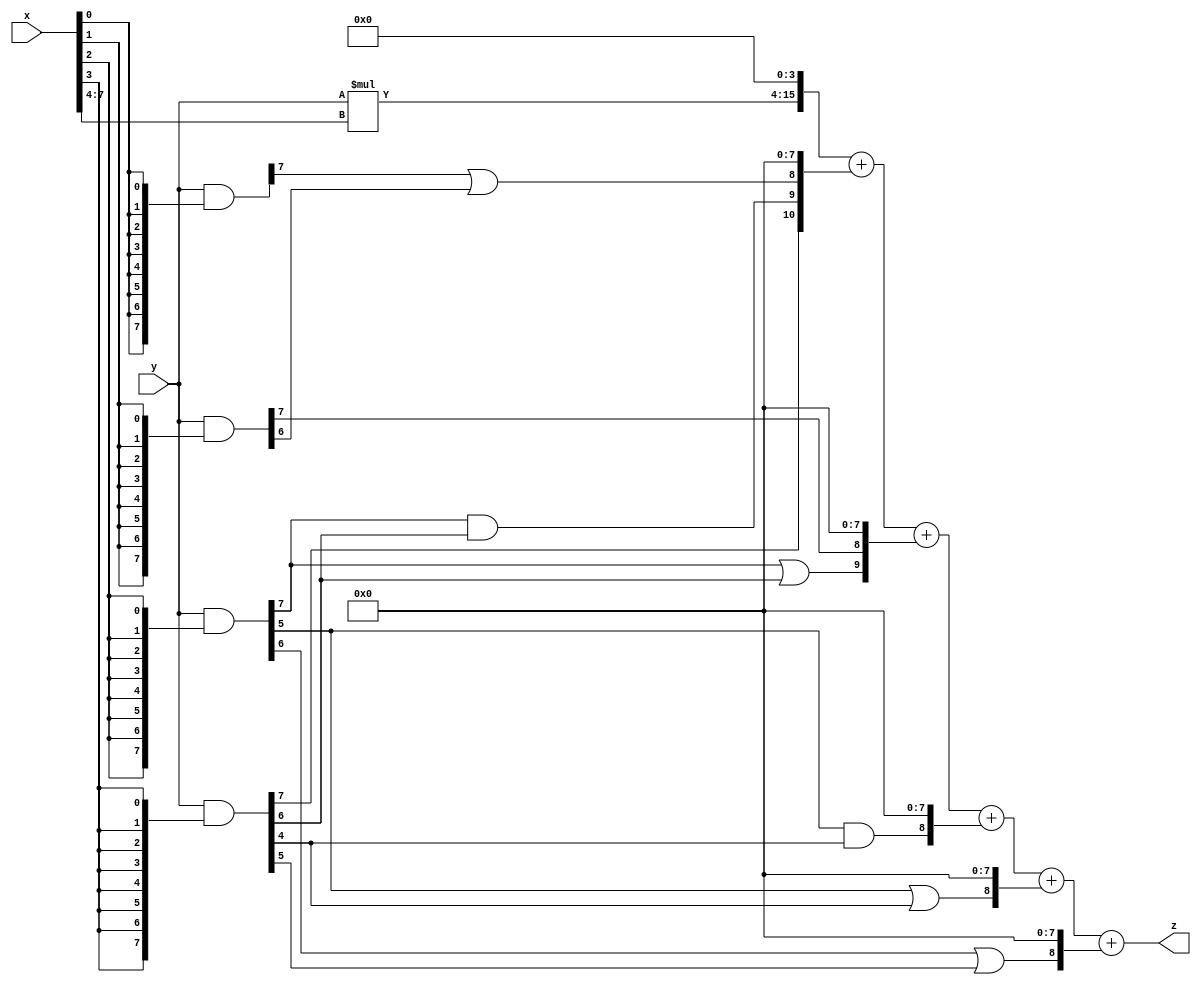
// terms: 8
// fval:  76026.25

module unsigned_8x8_l4_lamb8000_7 (
	input [7:0] x,
	input [7:0] y,
	output [15:0] z
);

wire [11:0] tmp_z = y*x[7:4];

wire [7:0] part1 =  y & {8{x[0]}};
wire [7:0] part2 =  y & {8{x[1]}};
wire [7:0] part3 =  y & {8{x[2]}};
wire [7:0] part4 =  y & {8{x[3]}};

wire [10:0] new_part1;
assign new_part1[0] = 0;
assign new_part1[1] = 0;
assign new_part1[2] = 0;
assign new_part1[3] = 0;
assign new_part1[4] = 0;
assign new_part1[5] = 0;
assign new_part1[6] = 0;
assign new_part1[7] = 0;
assign new_part1[8] = part1[7] | part2[6];
assign new_part1[9] = part3[7] & part4[6];
assign new_part1[10] = part4[7];

wire [9:0] new_part2;
assign new_part2[0] = 0;
assign new_part2[1] = 0;
assign new_part2[2] = 0;
assign new_part2[3] = 0;
assign new_part2[4] = 0;
assign new_part2[5] = 0;
assign new_part2[6] = 0;
assign new_part2[7] = 0;
assign new_part2[8] = part2[7];
assign new_part2[9] = part3[7] | part4[6];

wire [8:0] new_part3;
assign new_part3[0] = 0;
assign new_part3[1] = 0;
assign new_part3[2] = 0;
assign new_part3[3] = 0;
assign new_part3[4] = 0;
assign new_part3[5] = 0;
assign new_part3[6] = 0;
assign new_part3[7] = 0;
assign new_part3[8] = part3[5] & part4[4];

wire [8:0] new_part4;
assign new_part4[0] = 0;
assign new_part4[1] = 0;
assign new_part4[2] = 0;
assign new_part4[3] = 0;
assign new_part4[4] = 0;
assign new_part4[5] = 0;
assign new_part4[6] = 0;
assign new_part4[7] = 0;
assign new_part4[8] = part3[5] | part4[4];

wire [8:0] new_part5;
assign new_part5[0] = 0;
assign new_part5[1] = 0;
assign new_part5[2] = 0;
assign new_part5[3] = 0;
assign new_part5[4] = 0;
assign new_part5[5] = 0;
assign new_part5[6] = 0;
assign new_part5[7] = 0;
assign new_part5[8] = part3[6] | part4[5];

assign z = {tmp_z, 4'd 0} + new_part1 + new_part2 + new_part3 + new_part4 + new_part5;
endmodule